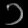
Digit: ၁